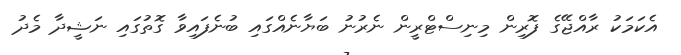
އެކަމަކު ރާއްޖޭގެ ފޮރިން މިނިސްޓްރީން ނެރުނު ބަޔާނެއްގައި ބުނެފައިވާ ގޮތުގައި ނަޝީދާ މެދު